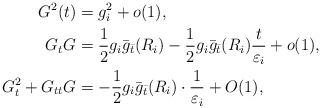
LaTeX: \begin{align*}G^2(t)&=g_i^2+o(1), \\G_tG&=\frac12g_i\bar{g}_{\bar{t}}(R_i)-\frac12g_i\bar{g}_{\bar{t}}(R_i)\frac{t}{\varepsilon_i}+o(1), \\G_t^2+G_{tt}G&=-\frac12g_i\bar{g}_{\bar{t}}(R_i)\cdot\frac{1}{\varepsilon_i}+O(1),\end{align*}